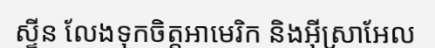
ស្ទីន លែងទុកចិត្តអាមេរិក និងអ៊ីស្រាអែល